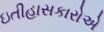
ઇતીહાસકારોએ